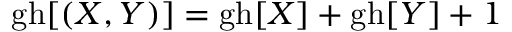
\mathrm { g h } [ ( X , Y ) ] = \mathrm { g h } [ X ] + \mathrm { g h } [ Y ] + 1